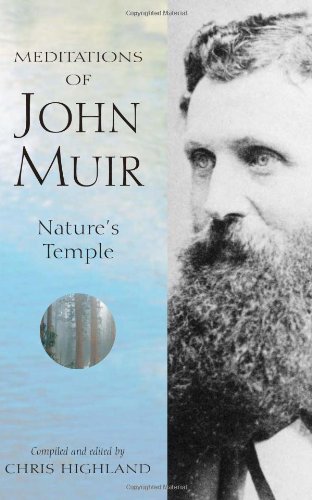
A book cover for Meditations of John Muir:  Nature's Temple; Chris Highland; Science & Math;